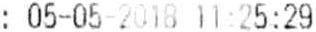
: 05-05-2018 11:25:29